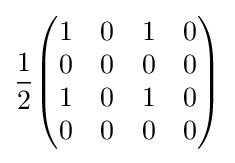
{1 \over 2}{\begin{pmatrix}1&0&1&0\\0&0&0&0\\1&0&1&0\\0&0&0&0\end{pmatrix}}